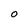
Character: O